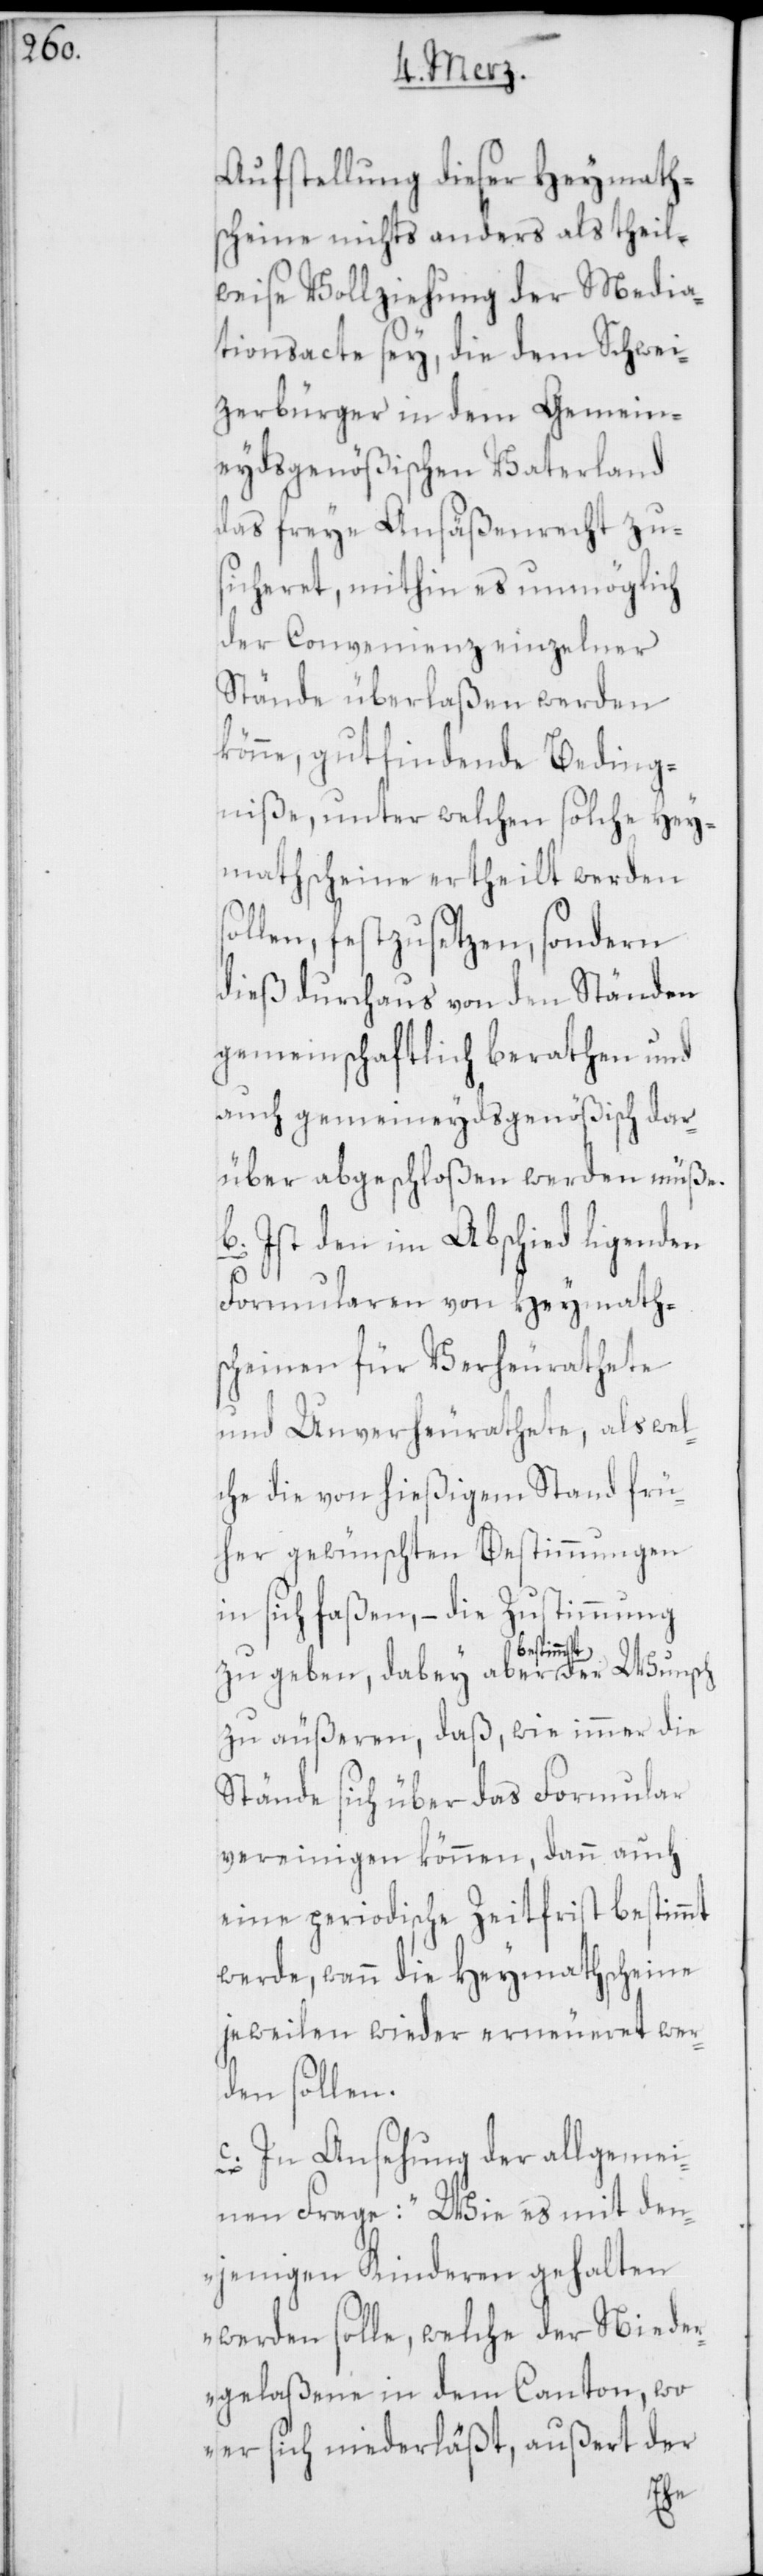
Aufstellung dieser Heymaths¬
cheine nichts anders als theil¬
weise Vollziehung der Media¬
tionsacte sey, die dem Schwei¬
zerbürger in dem Gemein¬
eydsgenößischen Vaterland
das freye Ansäßenrecht zu¬
sicheret, mithin es unmöglich
der Convenienz einzelner
Stände überlaßen werden
könne, gutfindende Beding¬
niße, unter welchen solche Hey¬
mathscheine ertheilt werden
ollen, festzusetzen, sondern
dieß durchaus von den Ständen
gemeinschaftlich beraten und
auch gemeineydsgenößisch dar¬
über abgeschloßen werden müße.
b. Ist den im Abschied ligenden
Formularen von Heymath¬
scheinen für Verheurathete
und Unverheurathete, als wel¬
che die von hießigem Stand frü¬
her gewünschten Bestimmungen
in sich faßen, – die Zustimmung
der
mmt
zu geben, dabey aber besti¬
zu äußeren, daß, wie immer die
Stände sich über das Formular
vereinigen können, dann auch
eine periodische Zeitfrist bestimmt
werde, wann die Heymathscheine
jeweilen wieder erneueret wer¬
den sollen.
c. In Ansehung der allgemei¬
nen Frage: „Wie es mit den¬
jenigen Kinderen gehalten
werden solle, welche der Nieder¬
gelaßene in dem Canton, wo
er sich niederläßt, außert der
s¬